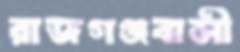
রাজগঞ্জবাসী